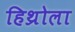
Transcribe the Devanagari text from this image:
हिथ्रोला